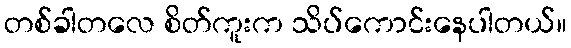
တစ်ခါတလေ စိတ်ကူးက သိပ်ကောင်းနေပါတယ်။